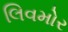
લિવમોર